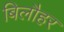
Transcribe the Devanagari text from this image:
बिलौहर